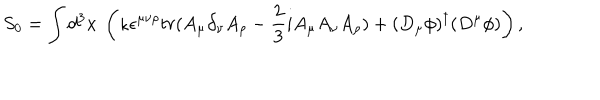
S _ { 0 } = \int d ^ { 3 } x ~ \left( \kappa \epsilon ^ { \mu \nu \rho } t r ( A _ { \mu } \partial _ { \nu } A _ { \rho } - \frac { 2 } { 3 } i A _ { \mu } A _ { \nu } A _ { \rho } ) + ( D _ { \mu } \phi ) ^ { \dagger } ( D ^ { \mu } \phi ) \right) ,